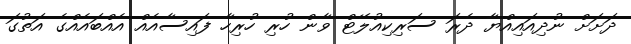
ދަށަށް ނުދިއައިއްޔާ ދެރަ ސަރިކިއުލޭޓް ވާން ހުރި ހުރިހާ ފައިސާއެއް އެއްބައެއްގެ އަތުގަ